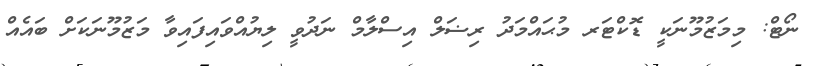
ނޯޓް: މިމަޒުމޫނަކީ ޑޮކްޓަރ މުޙައްމަދު ރިޟަލް އިސްލާމް ނަދުވީ ލިޔުއްވައިފައިވާ މަޒުމޫނަކަށް ބައެއް